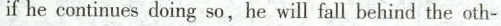
ifhe continues doing so,he will fall behind the oth-